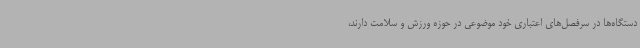
دستگاه‌ها در سرفصل‌های اعتباری خود موضوعی در حوزه ورزش و سلامت دارند،